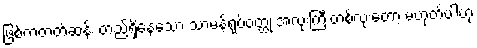
ဖြစ်ကတတ်ဆန်း တည်ရှိနေသော သာမန်ရုပ်ဝတ္ထု အလုံးကြီးတစ်လုံးတော့ မဟုတ်ပါဟု